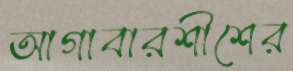
আগাবারশীশের